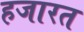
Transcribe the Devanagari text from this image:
हजारत